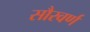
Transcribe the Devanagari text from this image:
सौरवर्ण